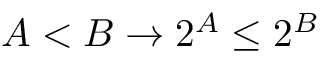
A < B \to 2 ^ { A } \leq 2 ^ { B }